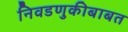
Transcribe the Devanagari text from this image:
निवडणुकीबाबत